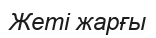
Жеті жарғы